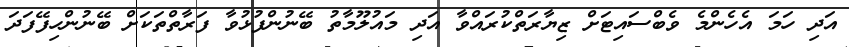
އަދި ހަމަ އެހެންމެ ވެބްސައިޓަށް ޒިޔާރަތްކުރައްވާ އަދި މައުލޫމާތު ބޭނުންފުޅުވާ ފަރާތްތަކަށް ބޭނުންހިފޭފަދަ